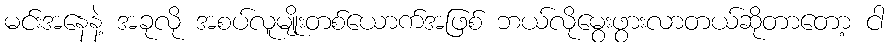
မင်းအနေနဲ့ အခုလို အစပ်လူမျိုးတစ်ယောက်အဖြစ် ဘယ်လိုမွေးဖွားလာတယ်ဆိုတာတော့ ငါ